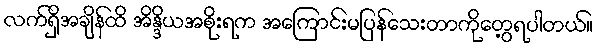
လက်ရှိအချိန်ထိ အိန္ဒိယအစိုးရက အကြောင်းမပြန်သေးတာကိုတွေ့ရပါတယ်။